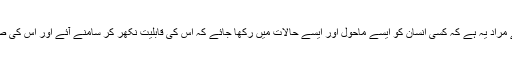
مندرجہ بالا تعریف سے یہ پتہ چلتاہے کہ انسانی تربیّت سے مراد یہ ہے کہ کسی انسان کو ایسے ماحول اور ایسے حالات میں رکھا جائے کہ اس کی قابلیت نکھر کر سامنے آئے اور اس کی صلاحیّتوں کی اس قدر پرورش ہو کہ وہ انسان کامل بن جائے۔